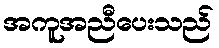
အကူအညီပေးသည်